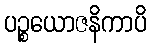
ပဉ္စယောဇနိကာပိ